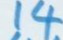
14